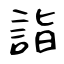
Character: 詣